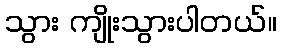
သွား ကျိုးသွားပါတယ်။